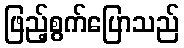
ဖြည့်စွက်ပြောသည်